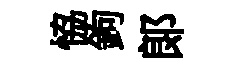
恊鉤郞